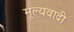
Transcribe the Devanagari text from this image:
मूल्यवादी